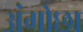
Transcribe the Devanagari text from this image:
अंगोछा